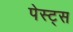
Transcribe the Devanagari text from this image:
पेस्ट्स